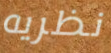
نظريه